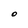
Character: O